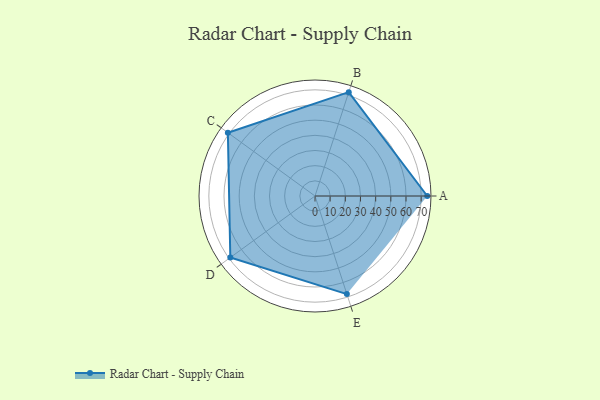
{"axis": {"x": "Skill", "y": "Score"}, "legend": ["Profile"], "data": [{"x": "A", "y": 74.0, "type": "Profile"}, {"x": "B", "y": 72.0, "type": "Profile"}, {"x": "C", "y": 71.0, "type": "Profile"}, {"x": "D", "y": 69.0, "type": "Profile"}, {"x": "E", "y": 68.0, "type": "Profile"}]}